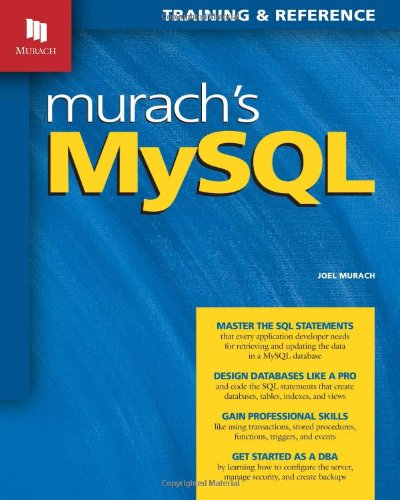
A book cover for Murach's MySQL; Joel Murach; Computers & Technology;